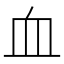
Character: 血